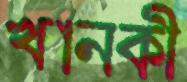
খানকী